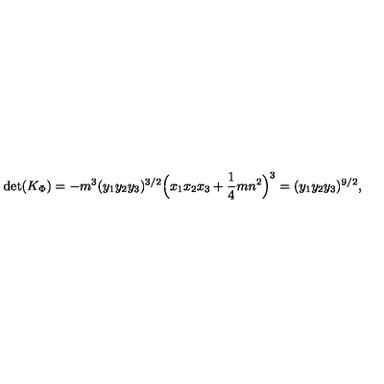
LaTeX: \mathrm { d e t } ( K _ { \Phi } ) = - m ^ { 3 } ( y _ { 1 } y _ { 2 } y _ { 3 } ) ^ { 3 / 2 } \Big ( x _ { 1 } x _ { 2 } x _ { 3 } + { \frac { 1 } { 4 } } m n ^ { 2 } \Big ) ^ { 3 } = ( y _ { 1 } y _ { 2 } y _ { 3 } ) ^ { 9 / 2 } ,